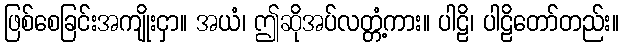
ဖြစ်စေခြင်းအကျိုးငှာ။ အယံ၊ ဤဆိုအပ်လတ္တံ့ကား။ ပါဠိ၊ ပါဠိတော်တည်း။